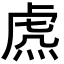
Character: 𧆸